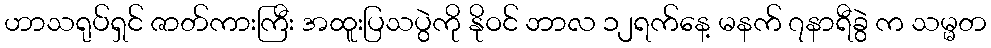
ဟာသရုပ်ရှင် ဇာတ်ကားကြီး အထူးပြသပွဲကို နိုဝင် ဘာလ ၁၂ရက်နေ့ မနက် ၇နာရီခွဲ က သမ္မတ